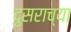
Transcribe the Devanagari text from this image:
दुसराच्या